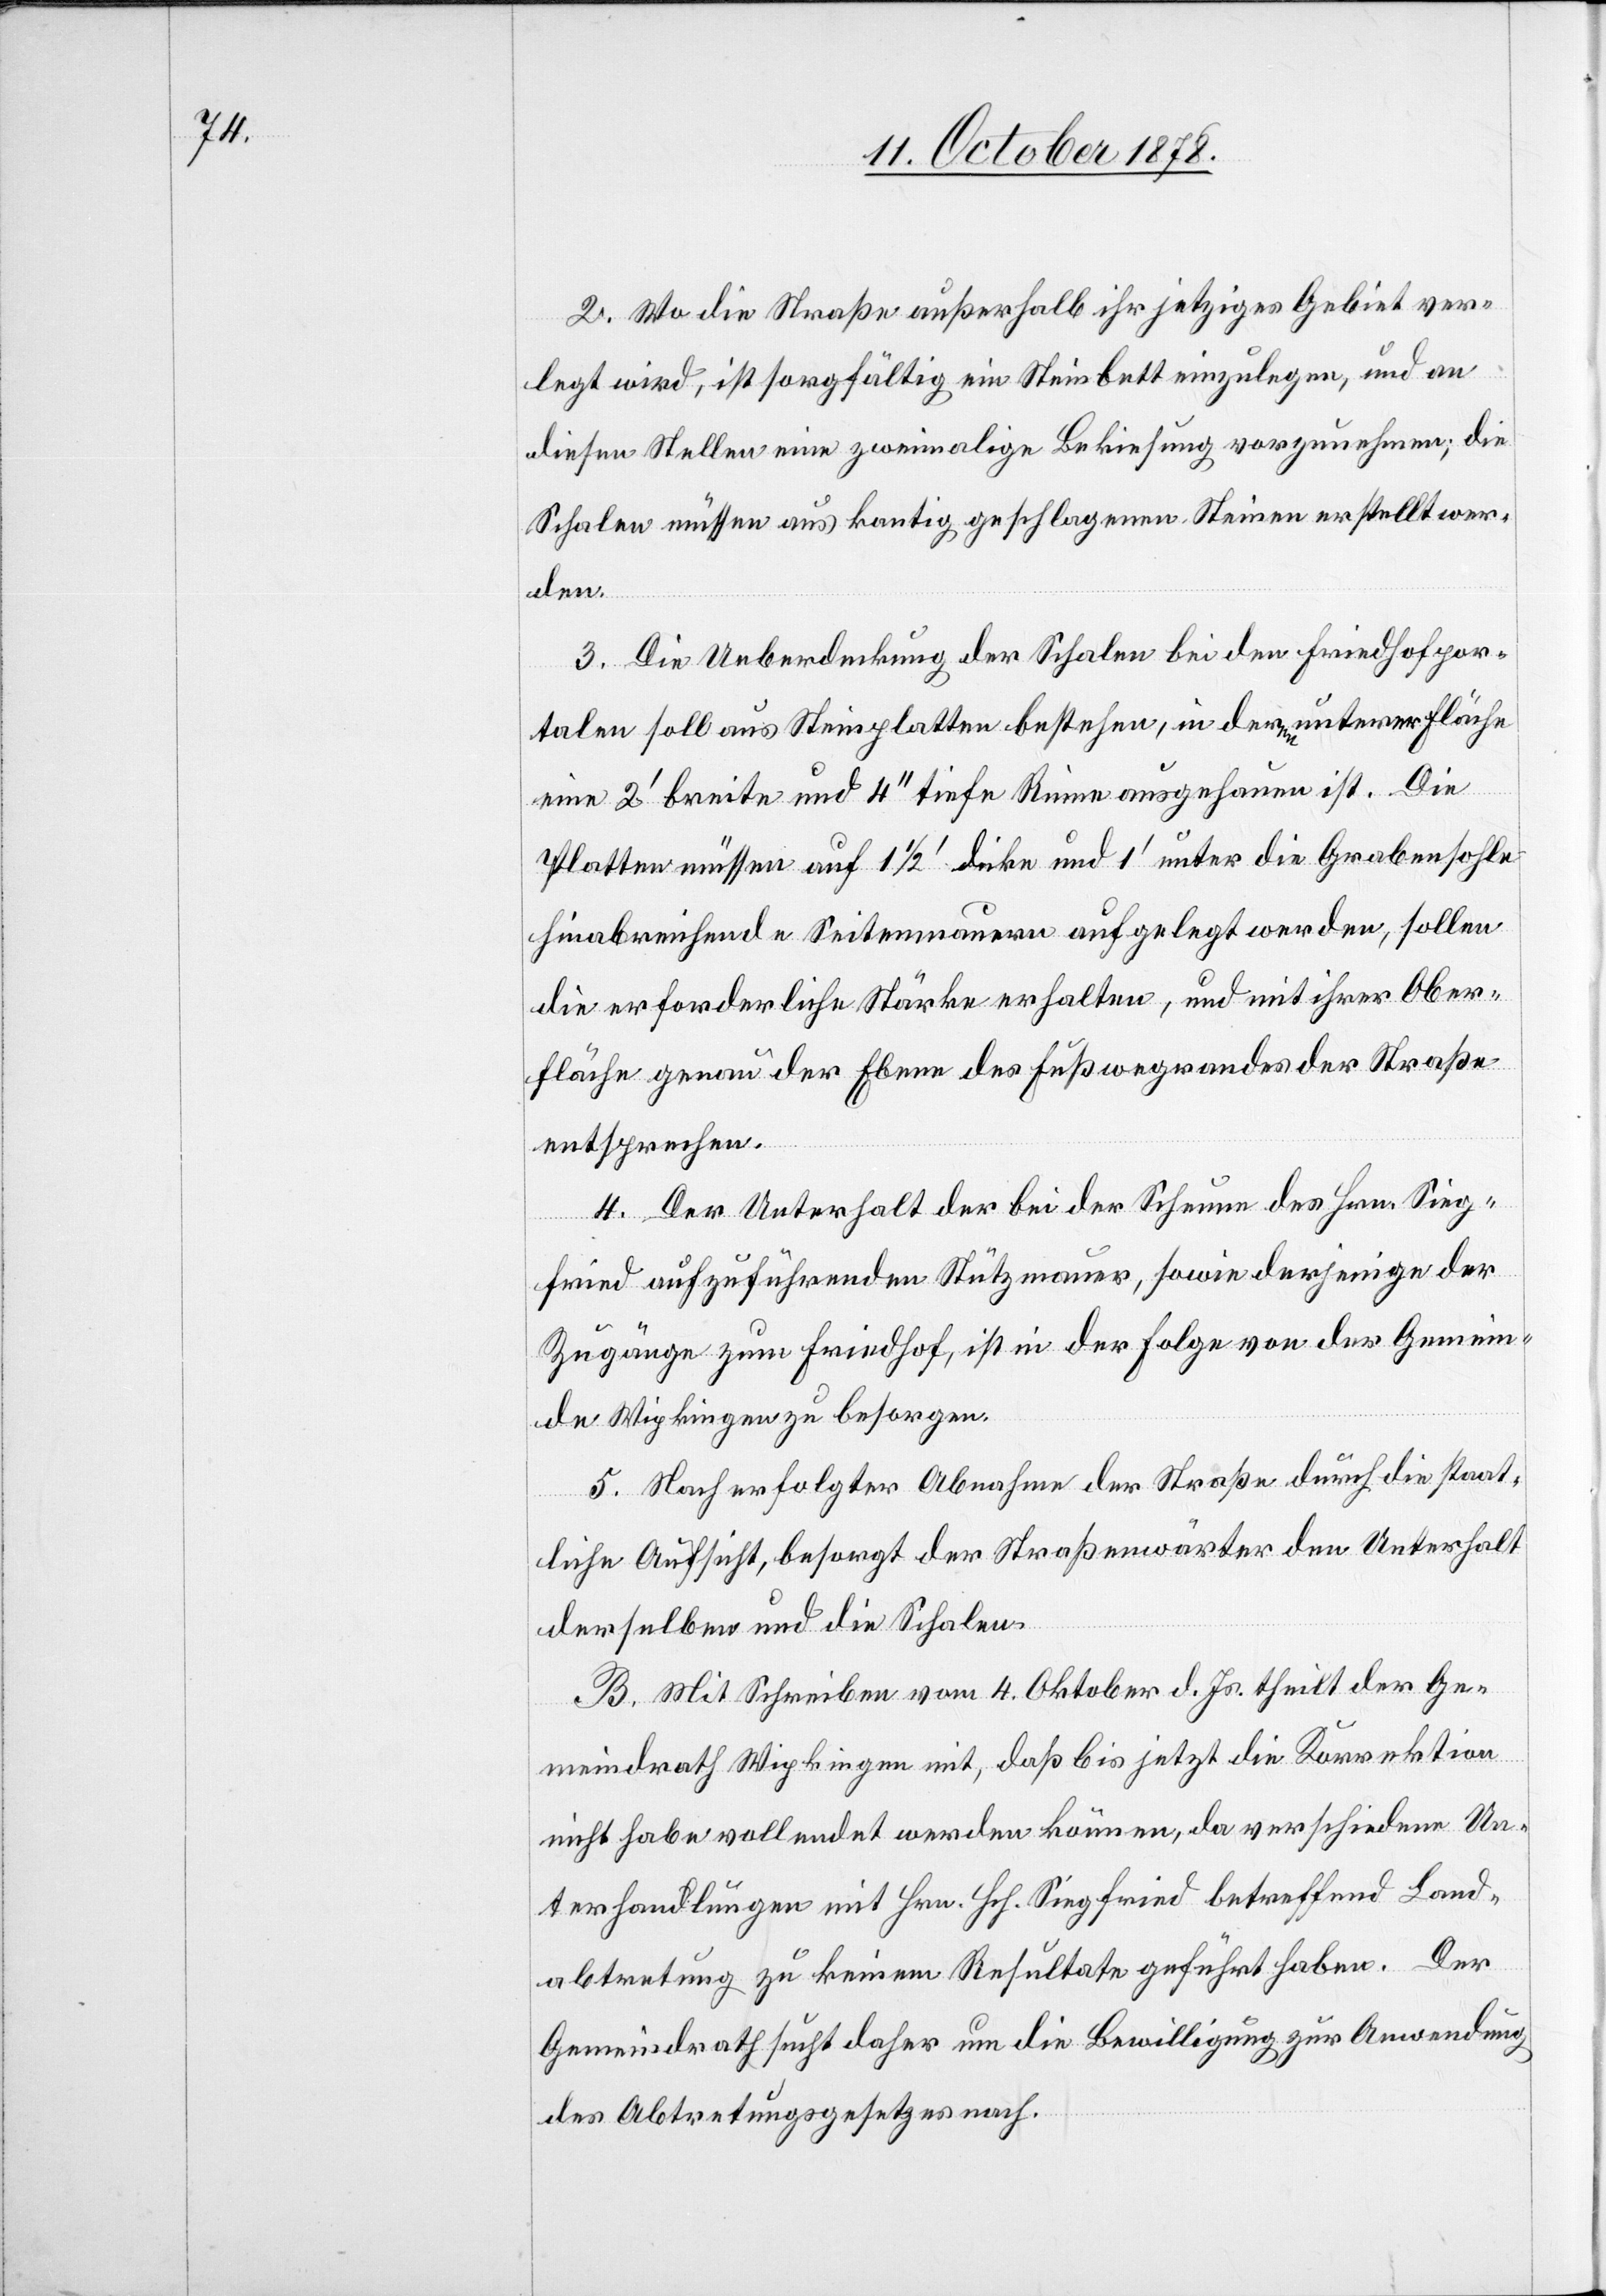
2. Wo die Straße außerhalb ihr jetziges Gebiet ver¬
legt wird, ist sorgfältig ein Steinbett einzulegen, und an
diesen Stellen eine zweimalige Bekiesung vorzunehmen; die
Schalen müssen aus kantig geschlagenen Steinen erstellt wer¬
den.
3. Die Ueberdeckung der Schalen bei den Friedhofpor¬
talen soll aus Steinplatten bestehen, in deren unterer Fläche
eine 2’ breite und 400 tiefe Rinne ausgehauen ist. Die
Platten müssen auf 1 1/2’ dicke und 1’ unter die Grabensohle
hinabreichende Seitenmauern aufgelegt werden, sollen
die erforderliche Stärke erhalten, und mit ihrer Ober¬
fläche genau der Ebene des Fußwegrandes der Straße
entsprechen.
4. Der Unterhalt der bei der Scheune des Hrn. Sieg¬
fried auszuführenden Stützmauer, sowie derjenige der
Zugänge zum Friedhof, ist in der Folge von der Gemein¬
de Wipkingen zu besorgen.
5. Nach erfolgter Abnahme der Straße durch die staat¬
liche Aufsicht, besorgt der Straßenwärter den Unterhalt
derselben und die Schalen.
B. Mit Schreiben vom 4. Oktober d. Js. theilt der Ge¬
meindrath Wipkingen mit, daß bis jetzt die Korrektion
nicht habe vollendet werden können, da verschiedene Un¬
terhandlungen mit Hrn. Hch. Siegfried betreffend Land¬
abtretung zu keinem Resultate geführt haben. Der
Gemeindrath sucht daher um die Bewilligung zur Anwendung
des Abtretungsgesetzes nach.